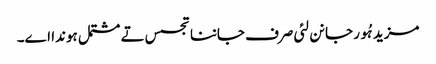
مزید ہُور جانن لئی صرف جاننا تجسس تے مشتمل ہوندا اے۔